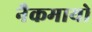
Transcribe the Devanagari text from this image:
नैकमायो